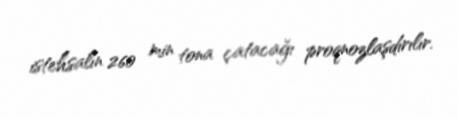
istehsalın 260 min tona çatacağı proqnozlaşdırılır.